Indian journal of veterinary science and animal husbandry - Volumes 26-27, 1956-1957
Year: 1956
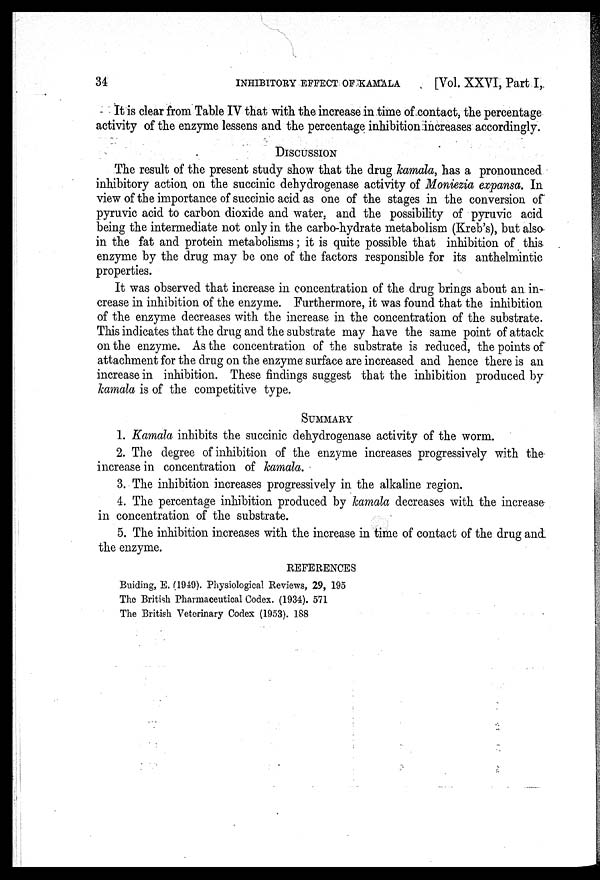
34
INHIBITORY EFFECT OF KAMALA
[Vol. XXVI, Part I,
It is clear from Table IV that with the increase in time of contact, the percentage
activity of the enzyme lessens and the percentage inhibition increases accordingly.
DISCUSSION
The result of the present study show that the drug kamala, has a pronounced
inhibitory action on the succinic dehydrogenase activity of Moniezia expansa. In
view of the importance of succinic acid as one of the stages in the conversion of
pyruvic acid to carbon dioxide and water, and the possibility of pyruvic acid
being the intermediate not only in the carbo-hydrate metabolism (Kreb's), but also
in the fat and protein metabolisms ; it is quite possible that inhibition of this
enzyme by the drug may be one of the factors responsible for its anthelmintic
properties.
It was observed that increase in concentration of the drug brings about an in-
crease in inhibition of the enzyme. Furthermore, it was found that the inhibition
of the enzyme decreases with the increase in the concentration of the substrate.
This indicates that the drug and the substrate may have the same point of attack
on the enzyme. As the concentration of the substrate is reduced, the points of
attachment for the drug on the enzyme surface are increased and hence there is an
increase in inhibition. These findings suggest that the inhibition produced by
kamala is of the competitive type.
SUMMARY
1. Kamala inhibits the succinic dehydrogenase activity of the worm.
2. The degree of inhibition of the enzyme increases progressively with the
increase in concentration of kamala.
3. The inhibition increases progressively in the alkaline region.
4. The percentage inhibition produced by kamala decreases with the increase
in concentration of the substrate.
5. The inhibition increases with the increase in time of contact of the drug and
the enzyme.
REFERENCES
Buiding, E. (1949). Physiological Reviews, 29, 195
The British Pharmaceutical Codex. (1934). 571
The British Veterinary Codex (1953). 188